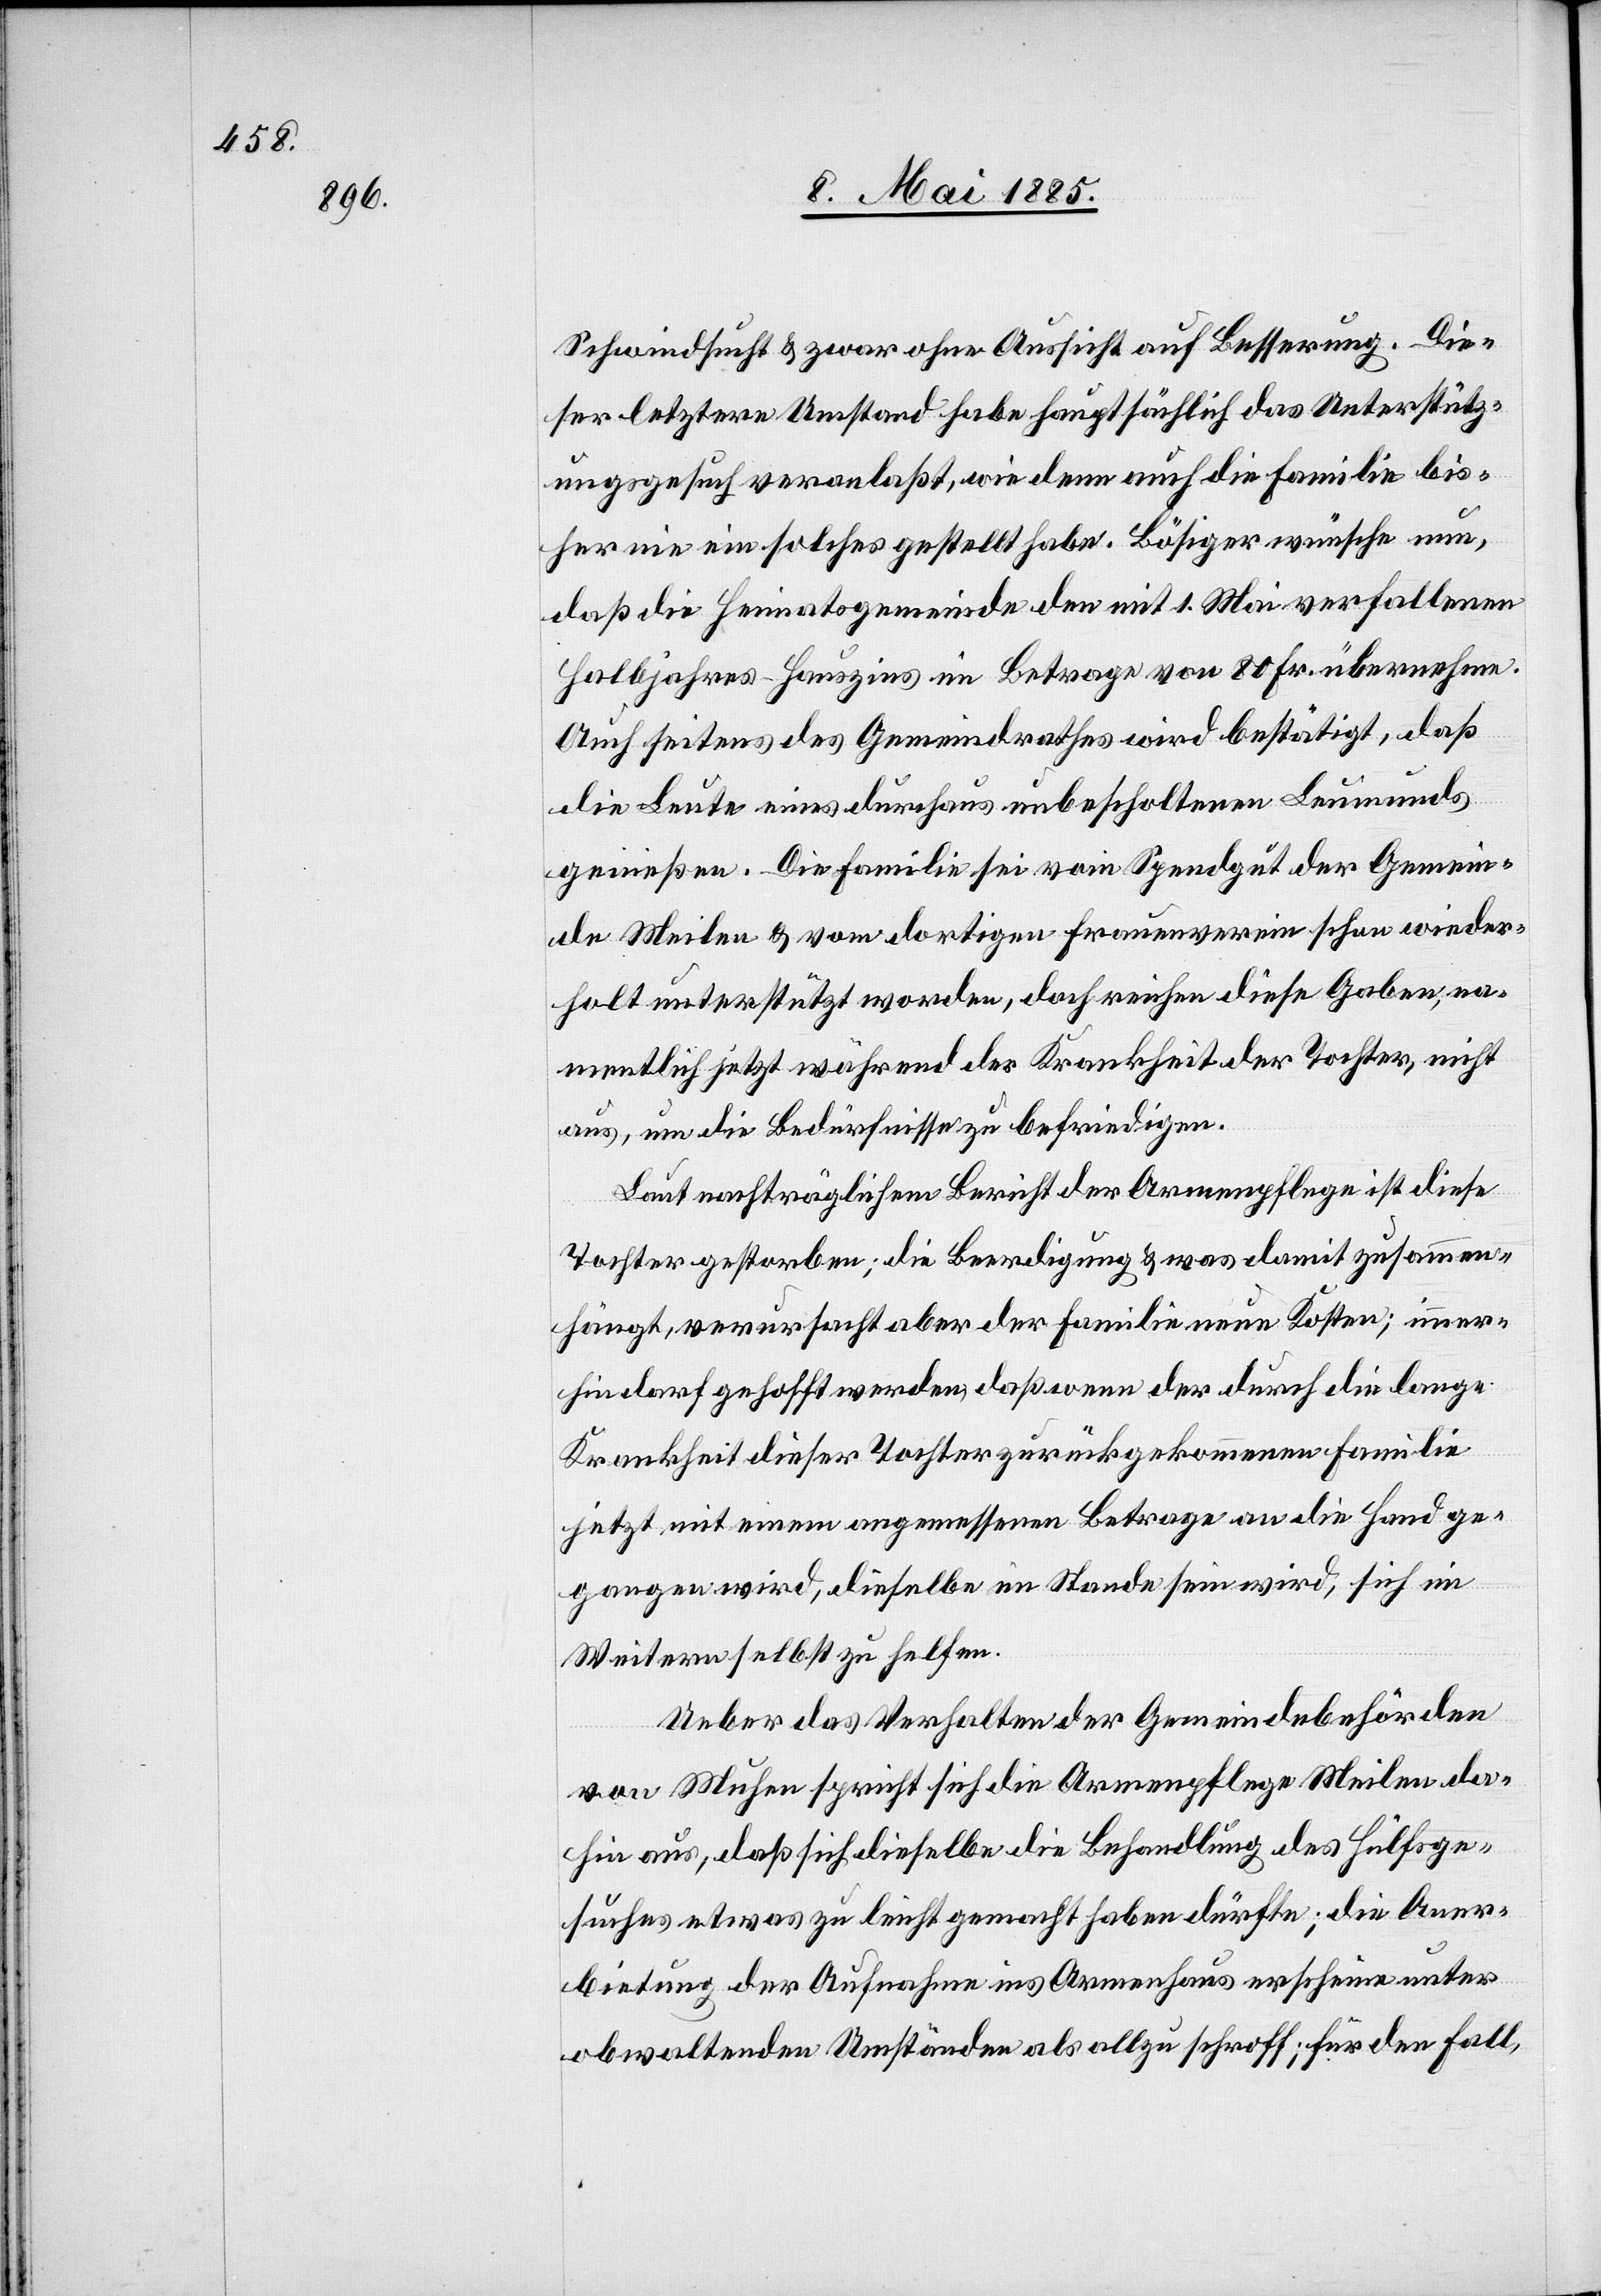
Schwindsucht & zwar ohne Aussicht auf Besserung. Die¬
ser letztere Umstand habe hauptsächlich das Unterstütz¬
ungsgesuch veranlaßt, wie denn auch die Familie bis¬
her nie ein solches gestellt habe. Bösiger wünsche nun,
daß die Heimatgemeinde den mit 1. Mai verfallenen
halbjahres-Hauszins im Betrage von 80 Fr. übernehme.
Auch seitens des Gemeindrathes wird bestätigt, daß
die Leute einen durchaus unbescholtenen Leumunds
genießen. Die Familie sei vom Spendgut der Gemein¬
de Meilen & vom dortigen Frauenverein schon wieder¬
holt unterstützt worden, doch reichen diese Gaben, na¬
mentlich jetzt während der Krankheit der Tochter, nicht
aus, um die Bedürfnisse zu befriedigen.
Laut nachträglichem Bericht der Armenpflege ist diese
Tochter gestorben; die Beerdigung & was damit zusammen¬
hängt, verursacht aber der Familie neue Kosten; immer¬
hin darf gehofft werden, daß wenn der durch die lange
Krankheit dieser Tochter zurückgekommenen Familie
jetzt mit einem angemessenen Betrage an die Hand ge¬
gangen wird, dieselbe im Stande sein wird, sich im
Weitern selbst zu helfen.
Ueber das Verhalten der Gemeindebehörden
von Muhen spricht sich die Armenpflege Meilen da¬
hin aus, daß sich dieselbe die Behandlung des Hülfsge¬
suches etwas zu leicht gemacht haben dürfte; die Aner¬
bietung der Aufnahme ins Armenhaus erscheine unter
obwaltenden Umständen als allzu schroff; für den Fall,